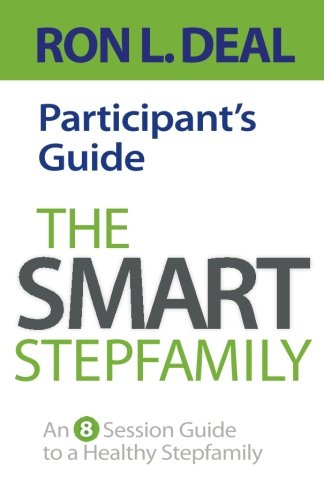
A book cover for The Smart Stepfamily Participant's Guide: An 8-Session Guide to a Healthy Stepfamily; Ron L. Deal; Parenting & Relationships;